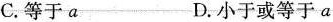
C.等于a D.小于或等于a